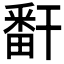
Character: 𬏎